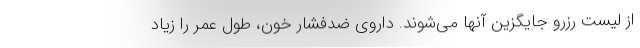
از لیست رزرو جایگزین آنها می‌شوند. داروی ضدفشار خون، طول عمر را زیاد